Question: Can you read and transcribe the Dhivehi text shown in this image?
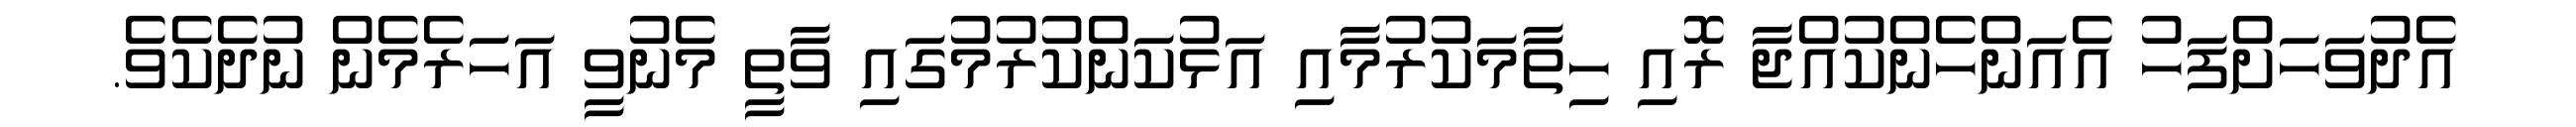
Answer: އެދުވަހަށްފަހު އެއަންހެންކުއްޖާ ރޮއި ހިތާމަކުރުމާއި އަޅުކަންކުރުމުގައި ވާތީ މެނުވީ އަހަރެމެން ނުދެކެވެ.